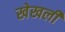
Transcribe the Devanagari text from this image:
खेखली